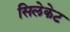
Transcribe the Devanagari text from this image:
सिलेकेट